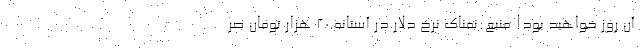
آن روز خواهید بود! منبع:نمناک نرخ دلار در آستانه ۲۰ هزار تومان صر